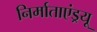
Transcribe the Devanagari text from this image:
निर्माताएंड्रयू